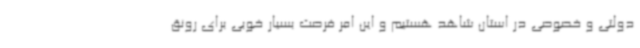
دولتی و خصوصی در استان شاهد هستیم و این امر فرصت بسیار خوبی برای رونق